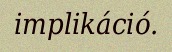
implikáció.